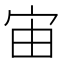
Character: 宙